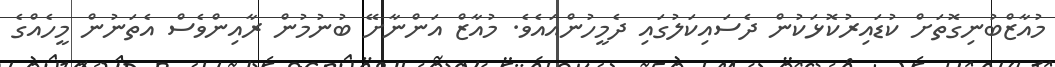
މުއާޒްބުނިގޮތަށް ކުޑައިރުކޮޅަކުން ދެސައިކަލުގައި ދެމީހުންއައެވެ. މުއާޒް އަންނާށޭ ބުނުމުން ރާއިންވެސް އެތަނުން މީހެއްގެ